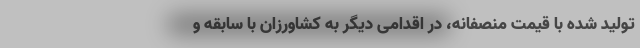
تولید شده با قیمت منصفانه، در اقدامی دیگر به کشاورزان با سابقه و